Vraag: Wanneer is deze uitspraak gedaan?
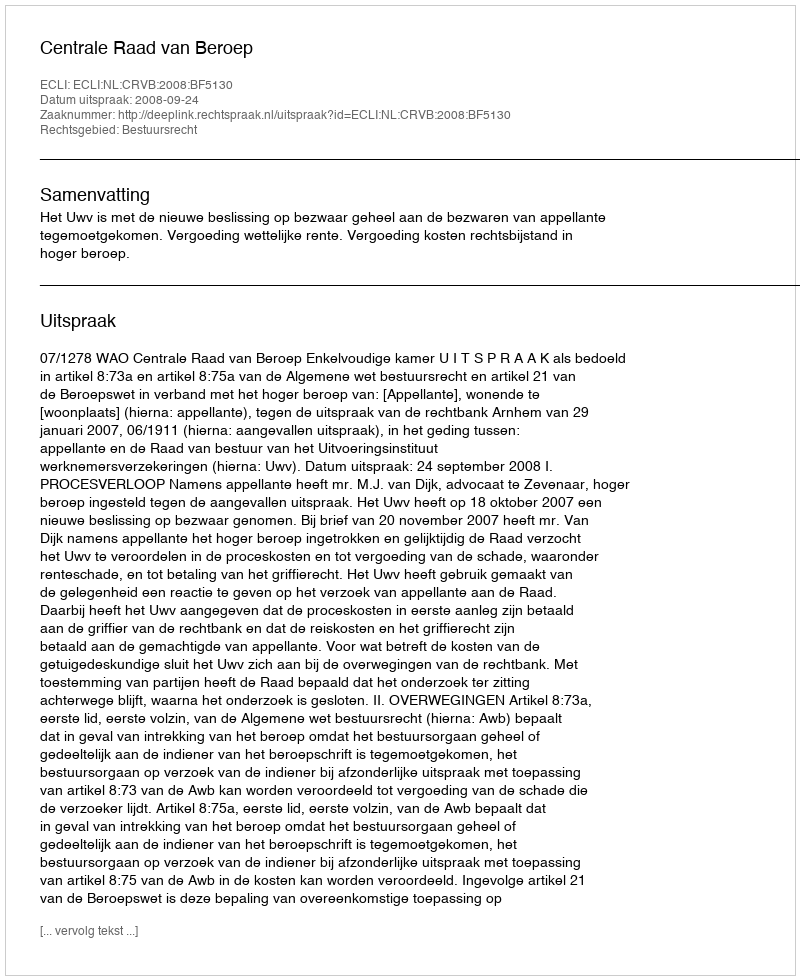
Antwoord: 2008-09-24